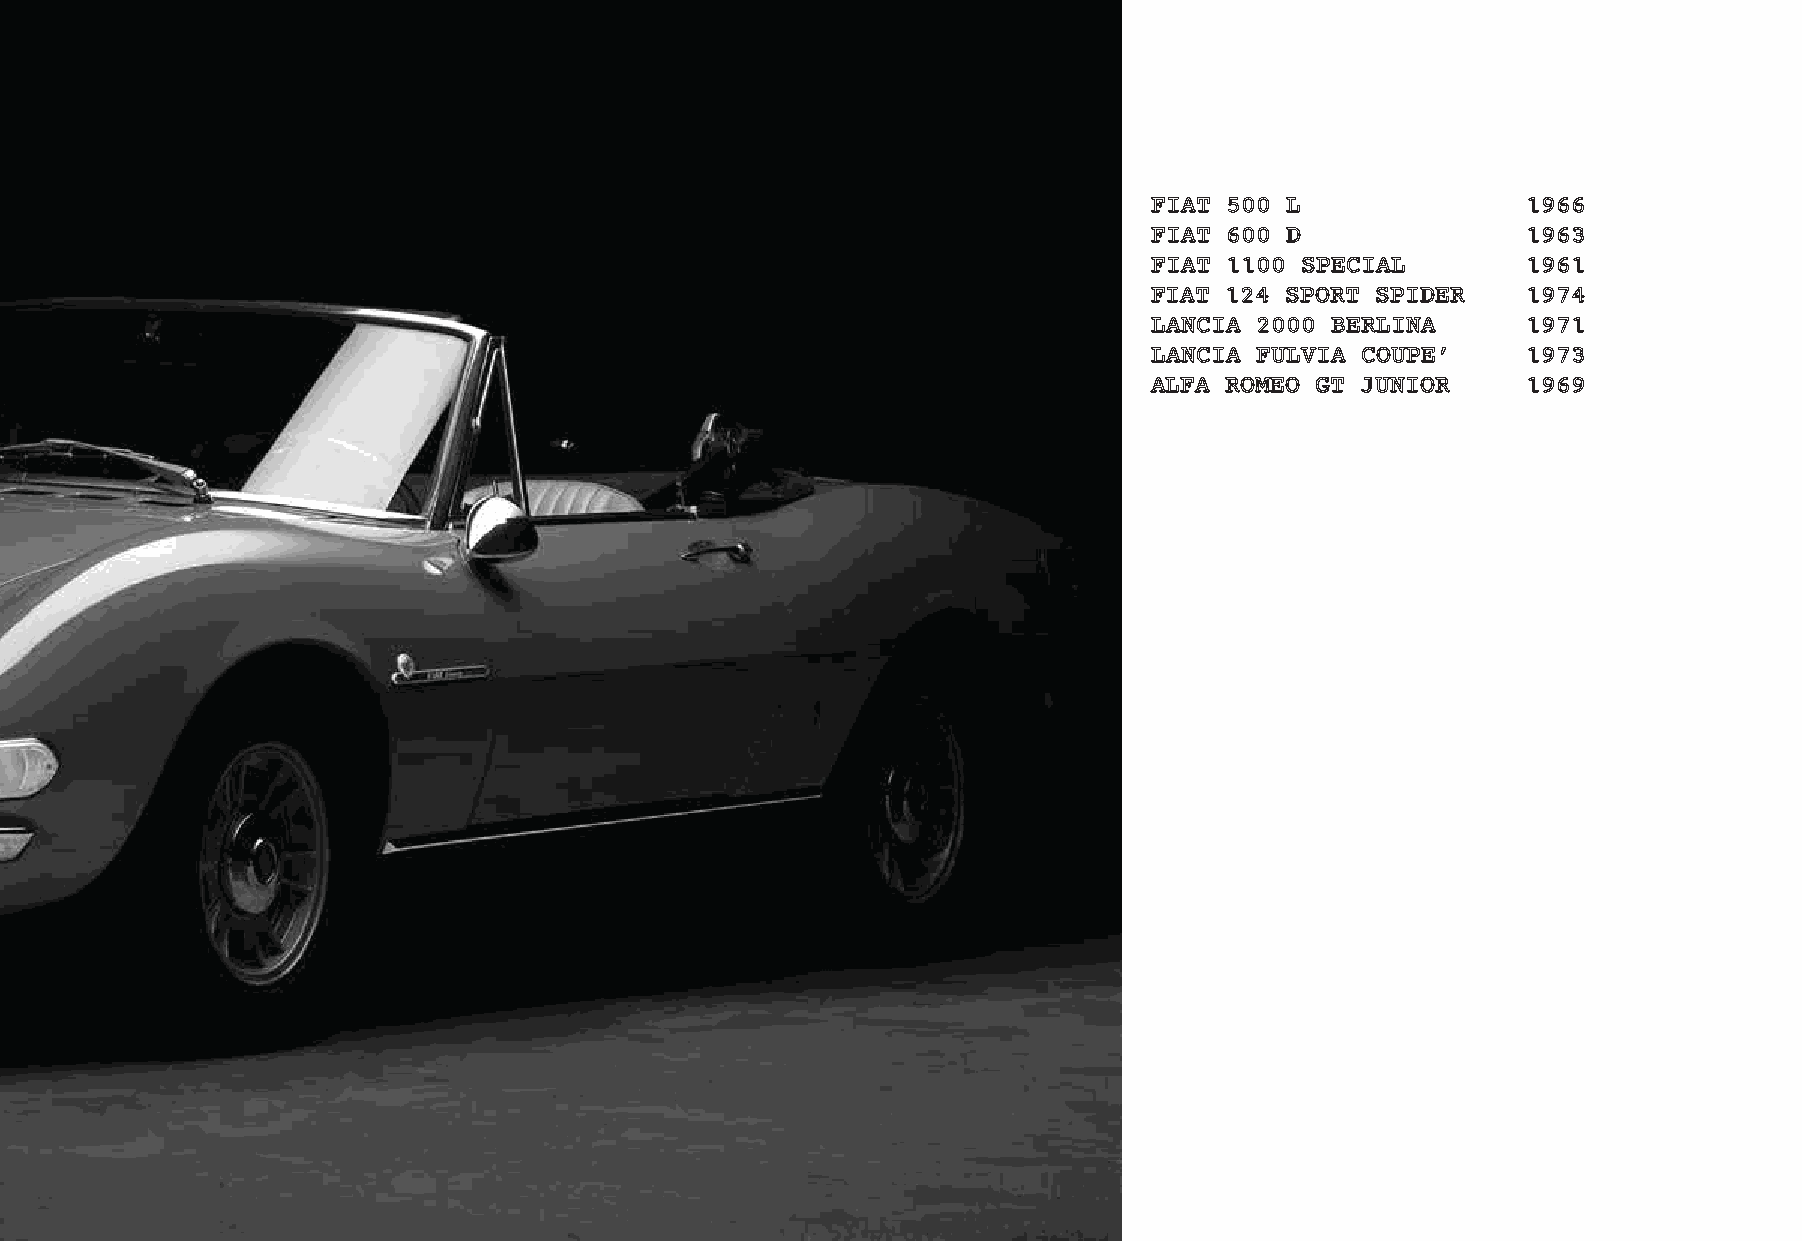
FIAT 500 L               1966
 FIAT 600 D               1963
 FIAT 1100 SPECIAL        1961
 FIAT 124 SPORT SPIDER    1974
 LANCIA 2000 BERLINA      1971
 LANCIA FULVIA COUPE’     1973
 ALFA ROMEO GT JUNIOR     1969